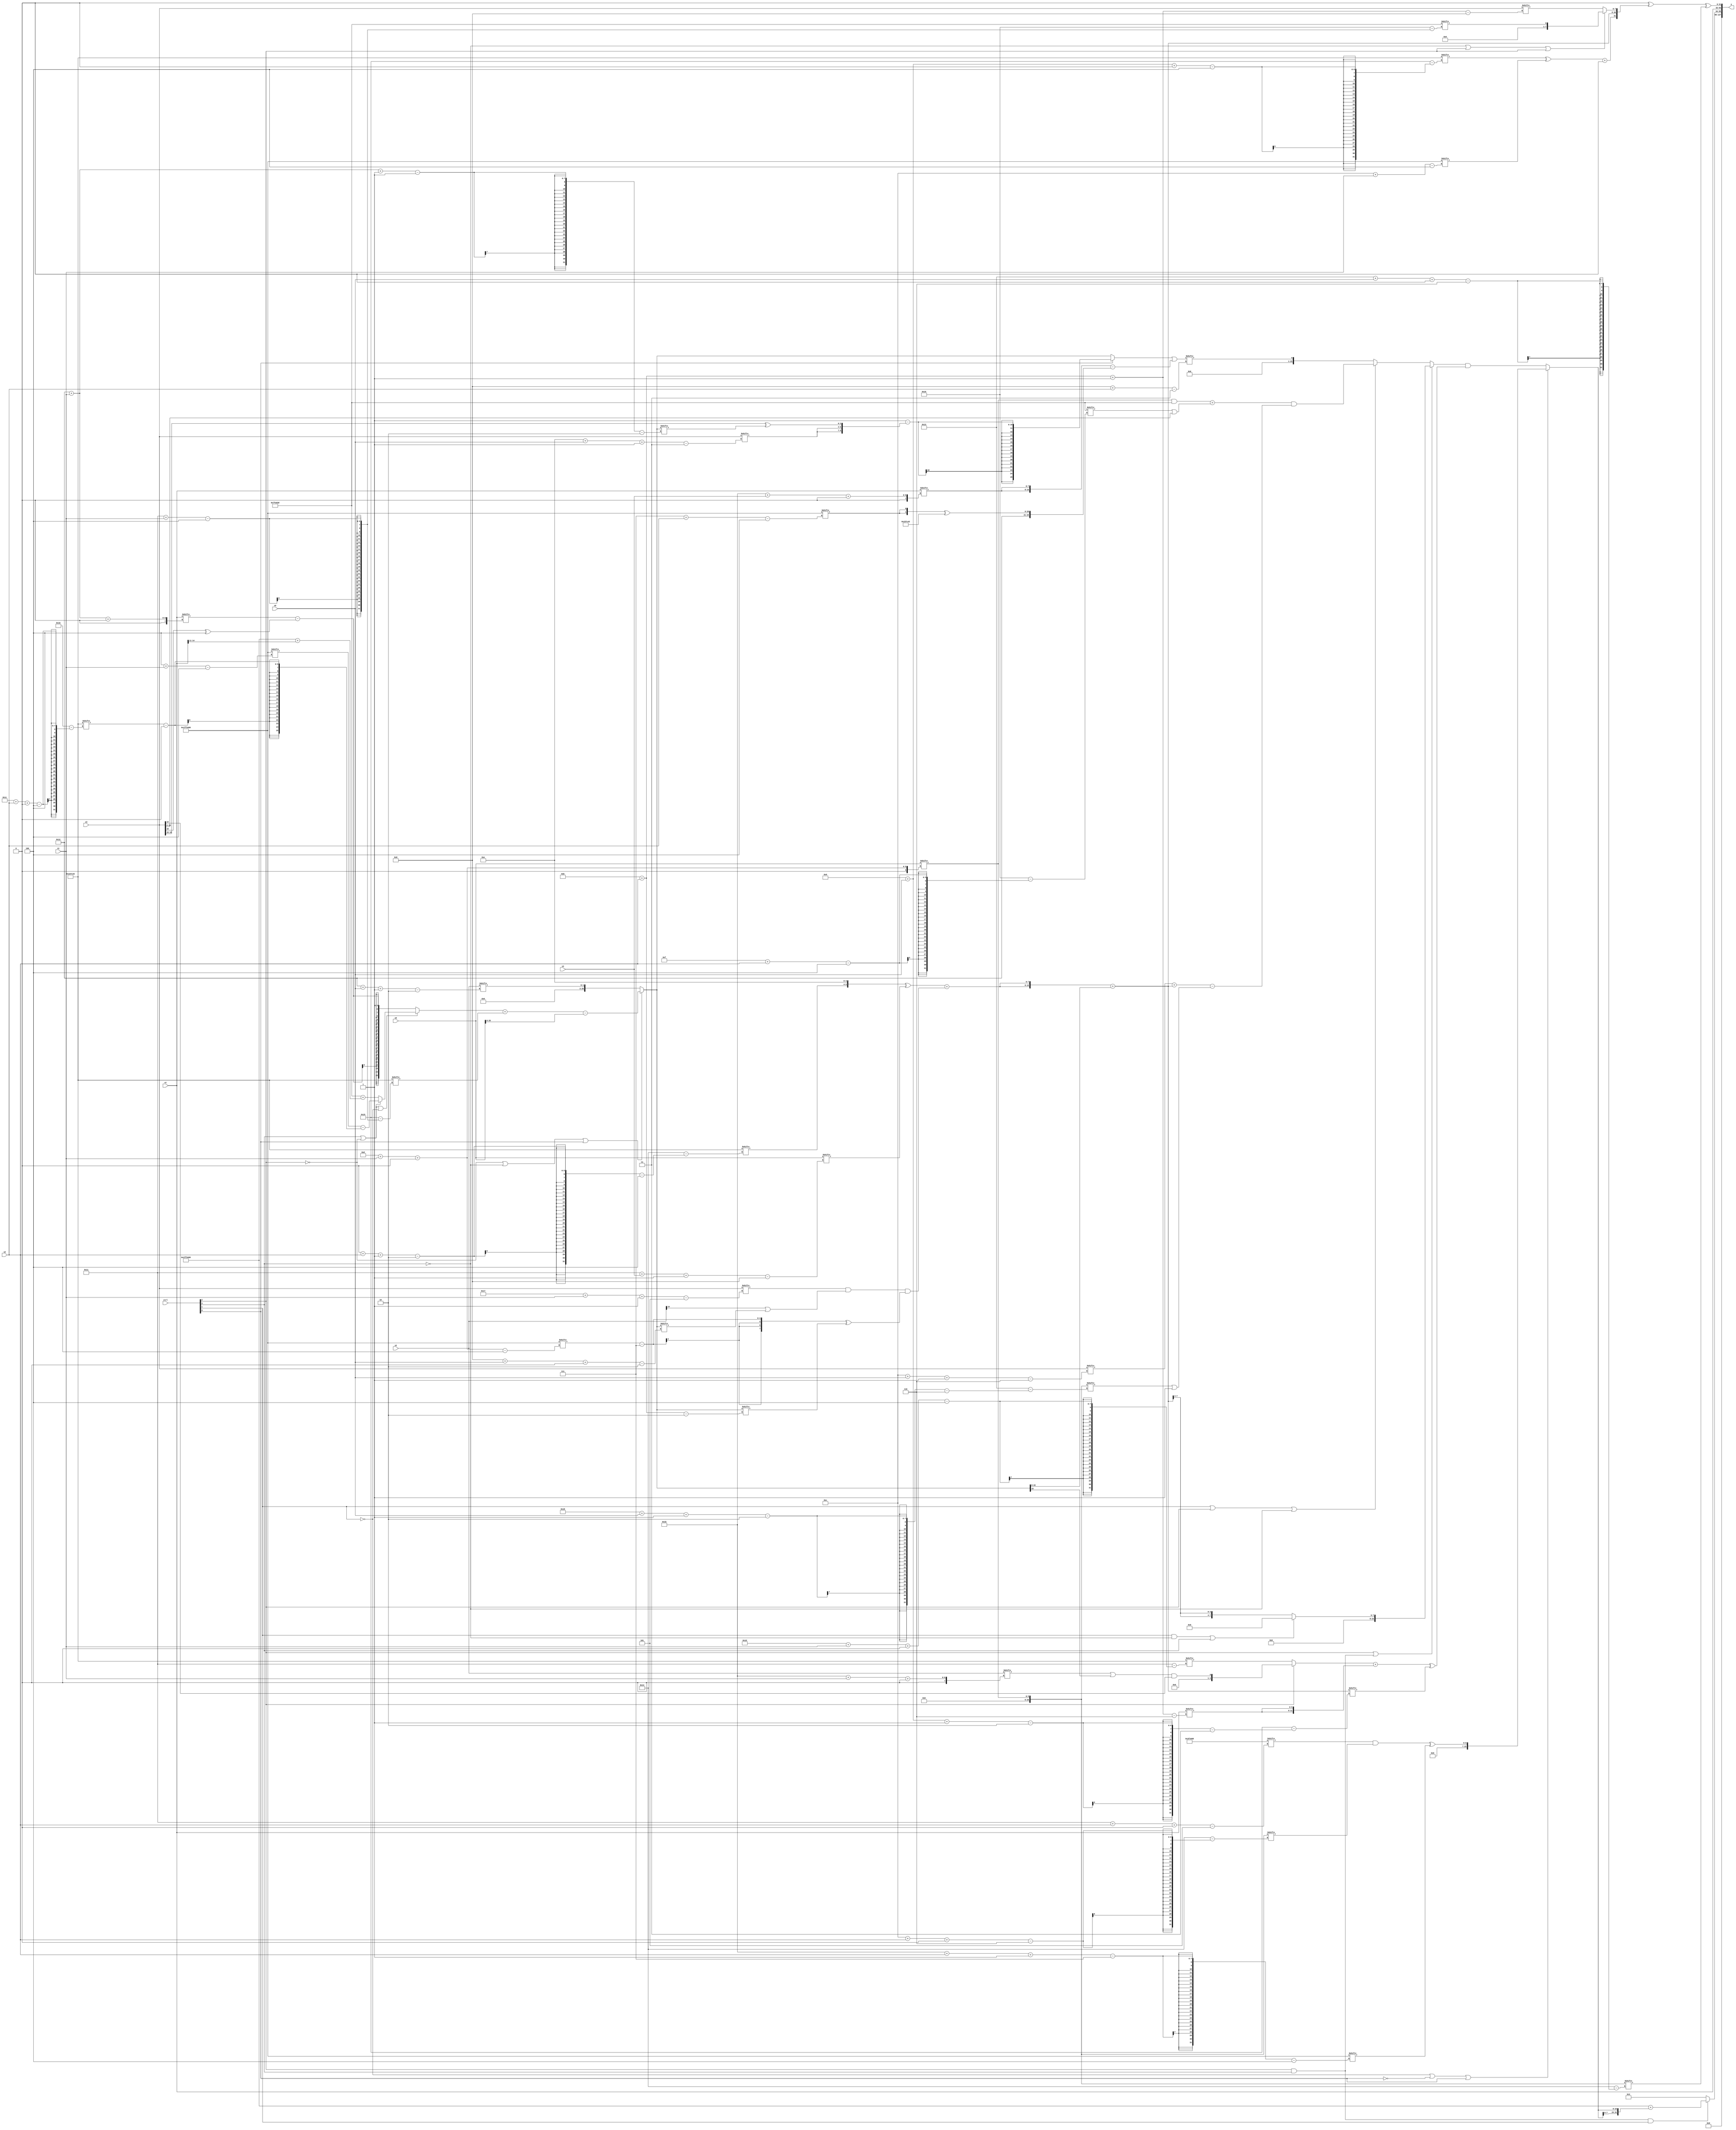
module partsel_00278(ctrl, s0, s1, s2, s3, x0, x1, x2, x3, y);
  input [3:0] ctrl;
  input [2:0] s0;
  input [2:0] s1;
  input [2:0] s2;
  input [2:0] s3;
  input [31:0] x0;
  input signed [31:0] x1;
  input signed [31:0] x2;
  input signed [31:0] x3;
  wire [27:2] x4;
  wire [3:25] x5;
  wire signed [28:3] x6;
  wire [6:26] x7;
  wire signed [27:4] x8;
  wire signed [4:24] x9;
  wire signed [3:30] x10;
  wire [26:5] x11;
  wire [30:7] x12;
  wire [25:1] x13;
  wire signed [4:28] x14;
  wire [28:6] x15;
  output [127:0] y;
  wire signed [31:0] y0;
  wire [31:0] y1;
  wire [31:0] y2;
  wire [31:0] y3;
  assign y = {y0,y1,y2,y3};
  localparam signed [5:31] p0 = 185605161;
  localparam [4:25] p1 = 106265666;
  localparam signed [4:26] p2 = 150986813;
  localparam [29:4] p3 = 503264360;
  assign x4 = (!ctrl[2] || !ctrl[3] || ctrl[0] ? (((!ctrl[2] || ctrl[3] || !ctrl[1] ? (ctrl[3] && ctrl[3] || !ctrl[2] ? (p3[4 + s1] - (p1[28 + s2 +: 6] - ((p0[15 +: 4] + p2) - p2))) : (p2 + (p3 + x1[11 +: 4]))) : (x1[18 + s1 +: 5] - (x3[10 +: 1] ^ p1[18 +: 4]))) + p1[17 + s1]) - x0) : x2[18 + s0 -: 2]);
  assign x5 = ({2{(({p1[0 + s2 -: 2], p1[13 +: 4]} ^ x0[17 + s3 -: 8]) + ((x3[23 + s1 -: 5] & (x2[14] | x4[8 + s0 +: 6])) & ((p3[13 + s1 +: 4] - p0[19 +: 3]) ^ x4[11 + s2])))}} + {p2[11 +: 2], x4});
  assign x6 = ((ctrl[3] && !ctrl[3] || !ctrl[0] ? x4 : (p3[16 +: 1] - {{2{x3[14 + s0 -: 3]}}, (x3[18 -: 4] ^ x4[18 + s1 -: 1])})) | ({2{x1[27 + s3 +: 8]}} - {p0, ({2{p3[7 + s2]}} ^ p1)}));
  assign x7 = x0[13 + s1 +: 6];
  assign x8 = {2{((ctrl[2] || ctrl[2] && ctrl[3] ? (ctrl[1] && !ctrl[3] || ctrl[3] ? p0[14 +: 4] : {2{x5[18 +: 4]}}) : {2{(ctrl[1] || ctrl[2] || !ctrl[3] ? (((x7 & p2) + (p2[15 + s2] | x3)) & ((x3[12 + s0 -: 6] + x5) - (x7[24 + s0 -: 2] | p1[12 -: 1]))) : x6[8 + s2])}}) & (((ctrl[2] || ctrl[3] && !ctrl[3] ? ((x2[27 + s1 +: 1] | x4[17 -: 1]) & x3[12]) : p1[29 + s1 +: 5]) + {2{x1[11 + s2 -: 6]}}) ^ x5[9 + s0 -: 2]))}};
  assign x9 = {{2{(({p1[30 + s3 +: 2], x3} ^ (p0[7 + s0 -: 7] & p1[15 + s3 -: 2])) - {(p3[18 +: 1] & x8[9 + s0 -: 5]), (!ctrl[1] || !ctrl[0] && ctrl[2] ? ((x0[18] - (x0[19] & p2[11 + s3 -: 1])) | x8[12 + s2 -: 1]) : x5)})}}, (ctrl[3] && ctrl[1] && !ctrl[3] ? (ctrl[3] || !ctrl[0] && ctrl[3] ? p3 : {2{{2{x3}}}}) : {p0[16 +: 1], {p2[5 + s1], x3[29 + s1 +: 1]}})};
  assign x10 = ((x3[9] + p2) + p1);
  assign x11 = p3;
  assign x12 = x2[14];
  assign x13 = p0[8 + s0];
  assign x14 = x1[25 + s3 -: 5];
  assign x15 = x4;
  assign y0 = p0[12 -: 1];
  assign y1 = (ctrl[3] && ctrl[2] && ctrl[1] ? (p3 + {2{(!ctrl[1] || !ctrl[0] || ctrl[0] ? ((x11[17 + s2 +: 1] & x7[12 + s2 +: 1]) ^ p3[27 + s2 -: 7]) : x8)}}) : p2[23 -: 2]);
  assign y2 = x1;
  assign y3 = ((p1[22] ^ {{2{((p1[9 + s0 +: 1] ^ p3[12 + s1]) + (p2[26 + s2 +: 5] & x13[14 -: 3]))}}, {x5, (!ctrl[3] || ctrl[2] || ctrl[2] ? p2[17 + s1] : x3[11 + s2 -: 8])}}) ^ x7[19 + s0 +: 1]);
endmodule